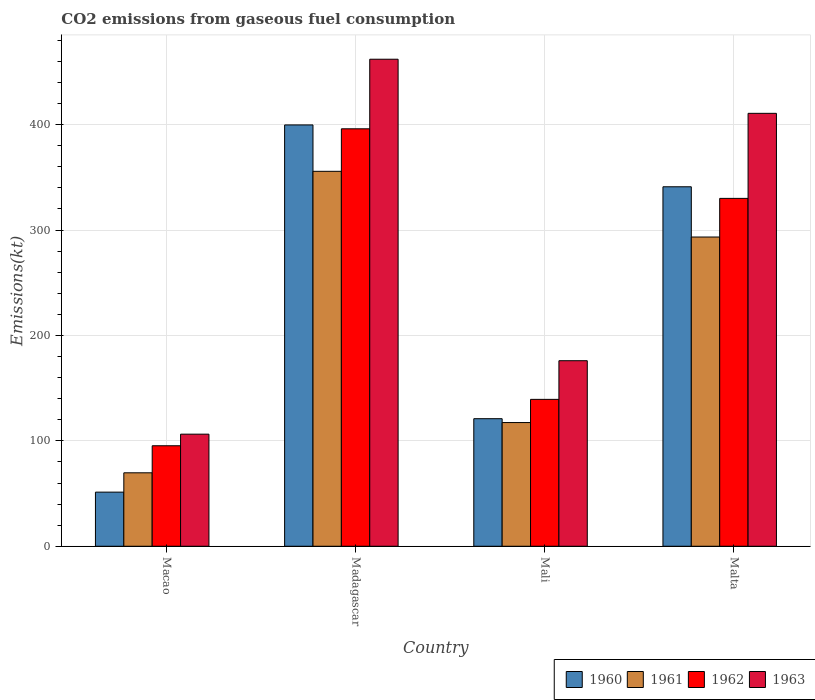
| Country | 1960 | 1961 | 1962 | 1963 |
 | --- | --- | --- | --- | --- |
 | Macao | 51.3 | 69.7 | 95.3 | 106 |
 | Madagascar | 400 | 356 | 396 | 462 |
 | Mali | 121 | 117 | 139 | 176 |
 | Malta | 341 | 293 | 330 | 411 |